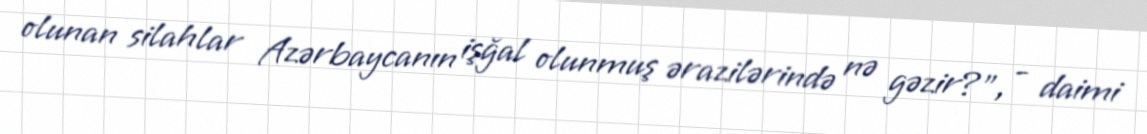
olunan silahlar Azərbaycanın işğal olunmuş ərazilərində nə gəzir?”, - daimi